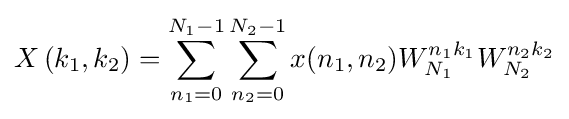
X\left(k_{1},k_{2}\right)=\sum _{n_{1}=0}^{N_{1}-1}\sum _{n_{2}=0}^{N_{2}-1}x(n_{1},n_{2})W_{N_{1}}^{n_{1}k_{1}}W_{N_{2}}^{n_{2}k_{2}}